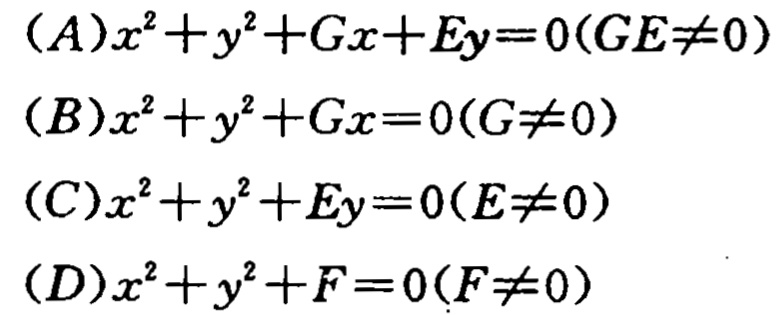
(A)$x^{2}+y^{2}+Gx + Ey = 0(GE\neq0)$
(B)$x^{2}+y^{2}+Gx = 0(G\neq0)$
(C)$x^{2}+y^{2}+Ey = 0(E\neq0)$
(D)$x^{2}+y^{2}+F = 0(F\neq0)$